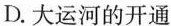
D.大运河的开通